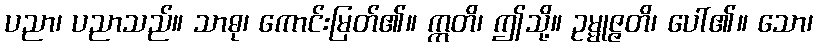
ပညာ၊ ပညာသည်။ သာဓု၊ ကောင်းမြတ်၏။ ဣတိ၊ ဤသို့။ ဥမ္မုဇ္ဇတိ၊ ပေါ်၏။ သော၊